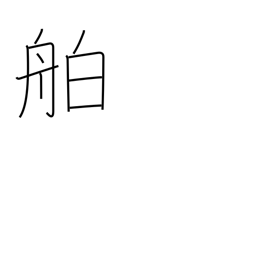
Meaning: liner